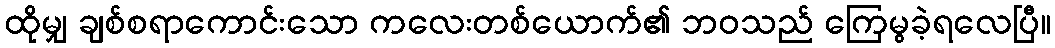
ထိုမျှ ချစ်စရာကောင်းသော ကလေးတစ်ယောက်၏ ဘဝသည် ကြေမွခဲ့ရလေပြီ။